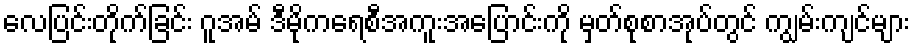
လေပြင်းတိုက်ခြင်း ဂူအမ် ဒီမိုကရေစီအကူးအပြောင်းကို မှတ်စုစာအုပ်တွင် ကျွမ်းကျင်များ